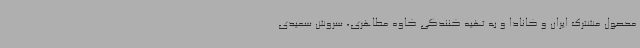
محصول مشترک ایران و کانادا و به تهیه کنندگی کاوه مظاهری، سروش سعیدی